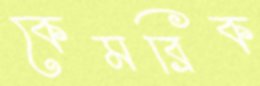
কেমব্রিক